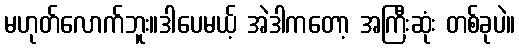
မဟုတ်လောက်ဘူး။ဒါပေမယ့် အဲဒါကတော့ အကြီးဆုံး တစ်ခုပဲ။